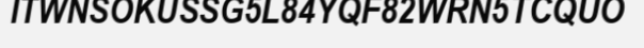
ITWNSOKUSSG5L84YQF82WRN5TCQUO